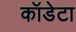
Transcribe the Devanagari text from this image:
कॉडेटा